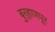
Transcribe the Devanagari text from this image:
बुर्‍हाणपूर